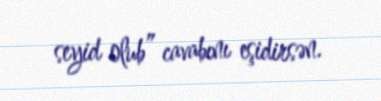
seyid olub” cavabını eşidirsən.